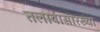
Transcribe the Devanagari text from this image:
तलावासारख्या